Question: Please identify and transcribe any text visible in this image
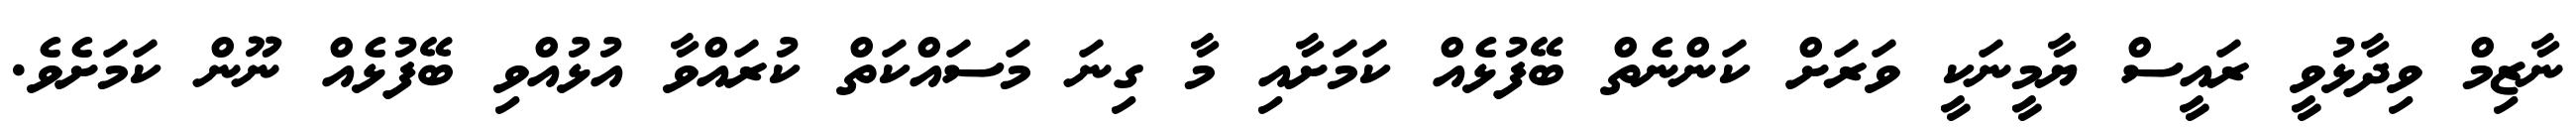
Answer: ނާޒިމް ވިދާޅުވީ ރައީސް ޔާމީނަކީ ވަރަށް ކަންނެތް ބޭފުޅެއް ކަމަށާއި މާ ގިނަ މަސައްކަތް ކުރައްވާ އުޅުއްވި ބޭފުޅެއް ނޫން ކަމަށެވެ.